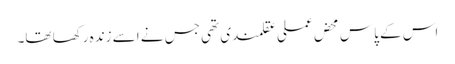
اس کے پاس محض عملی عقلمندی تھی جس نے اسے زندہ رکھا تھا۔